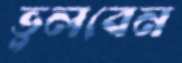
ভুলবেন